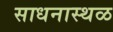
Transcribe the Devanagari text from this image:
साधनास्थळ